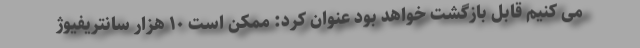
می کنیم قابل بازگشت خواهد بود عنوان کرد: ممکن است ۱۰ هزار سانتریفیوژ